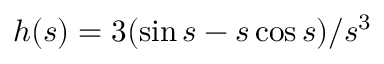
h ( s ) = 3 ( \sin s - s \cos s ) / s ^ { 3 }